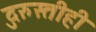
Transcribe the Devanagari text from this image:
दुरुस्तीही